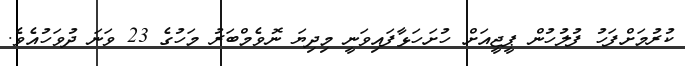
ކުރުމަށްފަހު ފުލުހުން ޕީޖީއަށް ހުށަހަޅާފައިވަނީ މިދިޔަ ނޮވެމްބަރު މަހުގެ 23 ވަނަ ދުވަހުއެވެ.